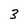
Character: 3